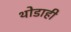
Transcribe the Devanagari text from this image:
थोडाही